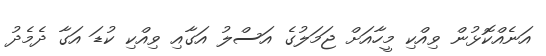
އަނެއްކޮޅުން ވިއްކި މީހާއަށް ޖަމަލުގެ އަސްލު އަގާއި ވިއްކި ކުޑަ އަގާ ދެމެދު